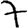
Digit: 7